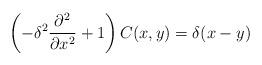
LaTeX: \begin{align*}\left(-\delta^2 \frac{\partial^2}{\partial x^2} + 1 \right) C(x,y) = \delta(x-y)\end{align*}